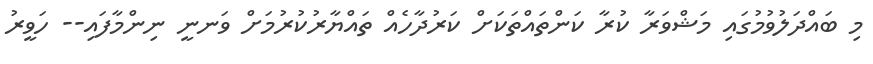
މި ބައްދަލުވުމުގައި މަޝްވަރާ ކުރާ ކަންތައްތަކަށް ކަރުދާހެއް ތައްޔާރުކުރުމަށް ވަނނީ ނިންމާފައި-- ހަވީރު